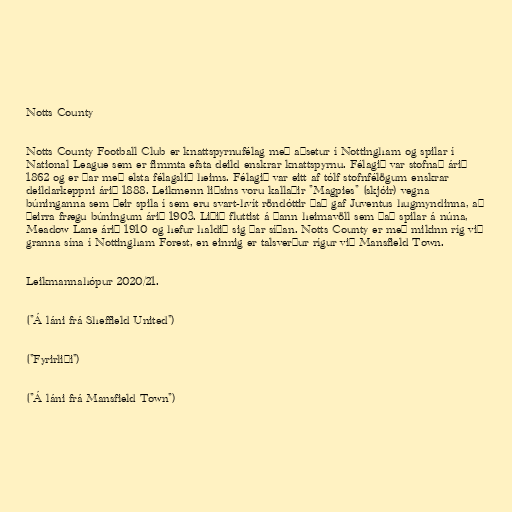
Notts County

Notts County Football Club er knattspyrnufélag með aðsetur í Nottingham og spilar í
National League sem er fimmta efsta deild enskrar knattspyrnu. Félagið var stofnað árið
1862 og er þar með elsta félagslið heims. Félagið var eitt af tólf stofnfélögum enskrar
deildarkeppni árið 1888. Leikmenn liðsins voru kallaðir "Magpies" (skjóir) vegna
búninganna sem þeir spila í sem eru svart-hvít röndóttir Það gaf Juventus hugmyndinna, að
þeirra frægu búningum árið 1903. Liðið fluttist á þann heimavöll sem það spilar á núna,
Meadow Lane árið 1910 og hefur haldið sig þar síðan. Notts County er með mikinn ríg við
granna sína í Nottingham Forest, en einnig er talsverður rígur við Mansfield Town.

Leikmannahópur 2020/21.

("Á láni frá Sheffield United")

("Fyrirliði")

("Á láni frá Mansfield Town")